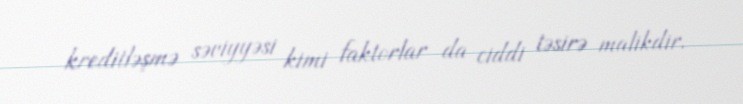
kreditləşmə səviyyəsi kimi faktorlar da ciddi təsirə malikdir.